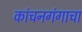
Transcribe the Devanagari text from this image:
कांचनगंगाचा